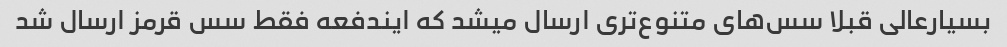
بسیارعالی قبلا سس‌های متنوع‌تری ارسال میشد که ایندفعه فقط سس قرمز ارسال شد